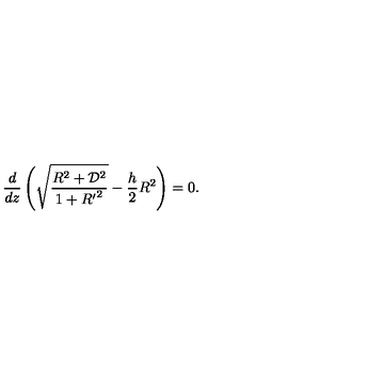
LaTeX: { \frac { d } { d z } } \left( \sqrt { \frac { R ^ { 2 } + { \cal D } ^ { 2 } } { 1 + { R ^ { \prime } } ^ { 2 } } } - { \frac { h } { 2 } } R ^ { 2 } \right) = 0 .